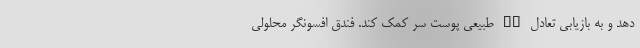
دهد و به بازیابی تعادل pH طبیعی پوست سر کمک کند. فندق افسونگر محلولی